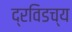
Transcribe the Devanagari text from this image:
द्रविडच्य